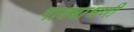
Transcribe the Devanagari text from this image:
गावबांधणी